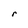
Character: r